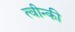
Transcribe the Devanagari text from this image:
त्वीन्की